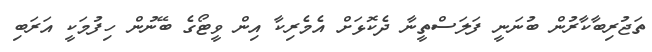
ތަޖުރިބާކާރުން ބުނަނީ ފަލަސްތީނާ ދެކޮޅަށް އެމެރިކާ އިން ވީޓޯގެ ބޭނުން ހިފުމަކީ އަރަބި